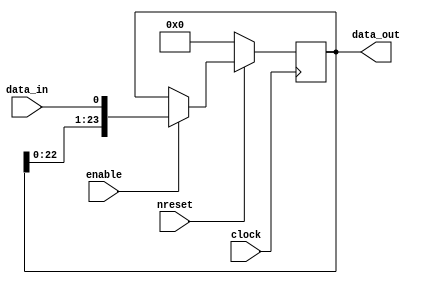
module IOTileConfig(
    input clock,
    input nreset,
    input enable,
    input data_in,
    output [23:0] data_out
);
    reg [23:0] r_data;
    always @(posedge clock) begin
        if (!nreset) begin
            r_data <= 0;
        end else begin
            if (enable) begin
                r_data <= {r_data[22:0], data_in};
            end
        end
    end
    assign data_out = r_data;   

endmodule